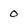
Character: 0